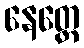
နေတ္တေ